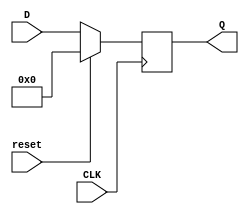
module register (reset, CLK, D, Q);

    input reset;
    input CLK;
    input [31:0] D;
    output [31:0] Q;
    reg [31:0] Q;

    always @(posedge CLK)

        if (reset)
            Q = 0;
        else
            Q = D;

endmodule